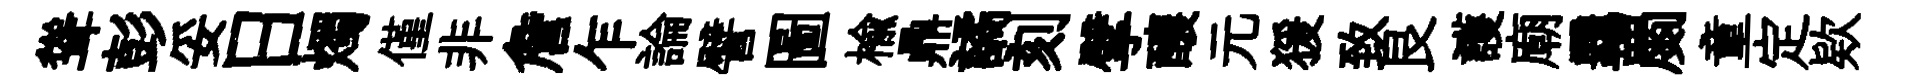
聳彭妥日燭僅非詹乍論譬圖楡鼎譎刻擘釀元猨致艮護廟覊罽童定欵